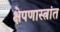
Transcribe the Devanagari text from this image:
क्षेपणास्त्रांत